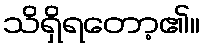
သိရှိရတော့၏။